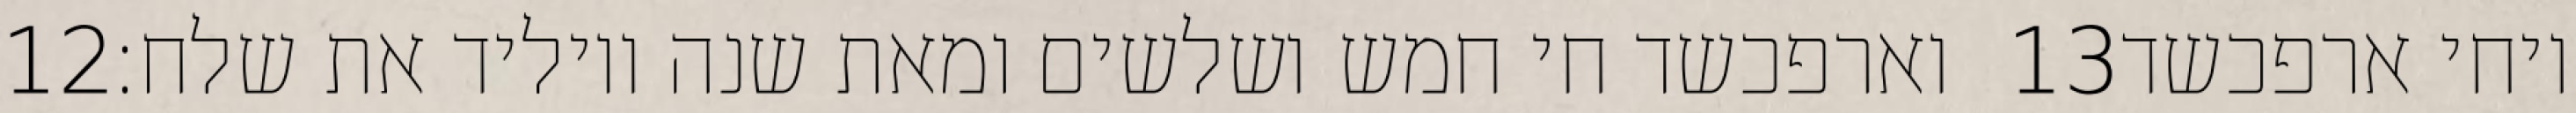
‎12‏ וארפכשד חי חמש ושלשים ומאת שנה ויוליד את שלח׃ ‎13‏ ויחי ארפכשד